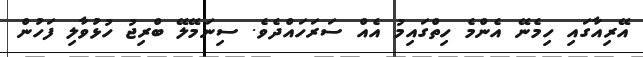
އޭރިއާގައި ހިމެނޭ އެންމެ ހިތްގައިމު އެއް ސަރަހައްދެވެ. ސިނަމޭލޭ ބްރިޖު ހުޅުވާލި ފަހުން